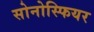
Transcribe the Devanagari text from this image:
सोनोस्फियर